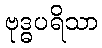
ဗုဒ္ဓပရိသာ